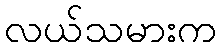
လယ်သမားက